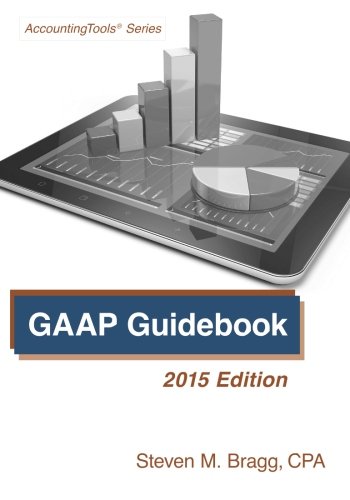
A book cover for GAAP Guidebook: 2015 Edition; Steven M. Bragg; Business & Money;